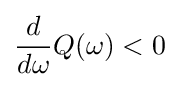
{\frac {d}{d\omega }}Q(\omega )<0